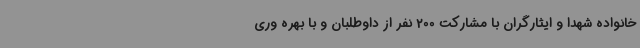
خانواده شهدا و ایثارگران با مشارکت 200 نفر از داوطلبان و با بهره وری